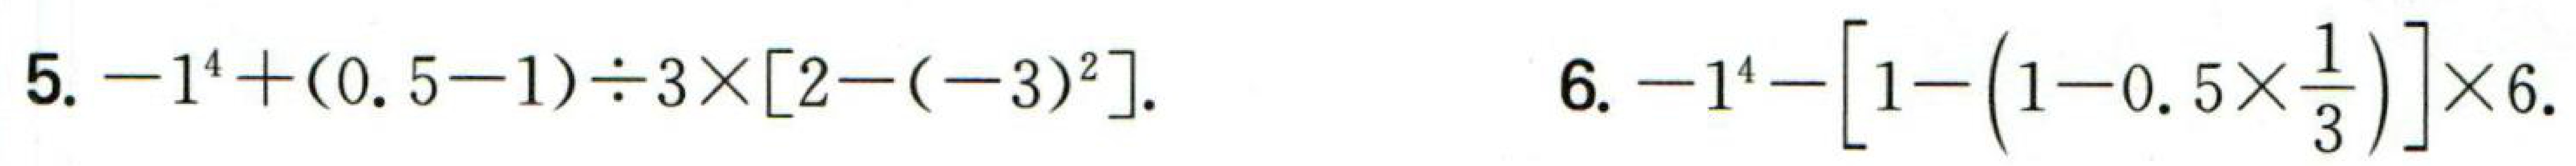
5. \(-1^{4}+(0.5 - 1)\div3\times[2-(-3)^{2}]\). 6. \(-1^{4}-\left[1-\left(1 - 0.5\times\frac{1}{3}\right)\right]\times6\).